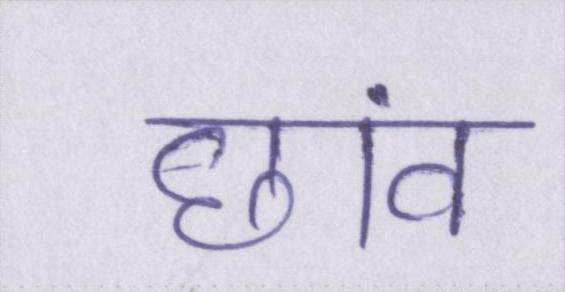
छांव